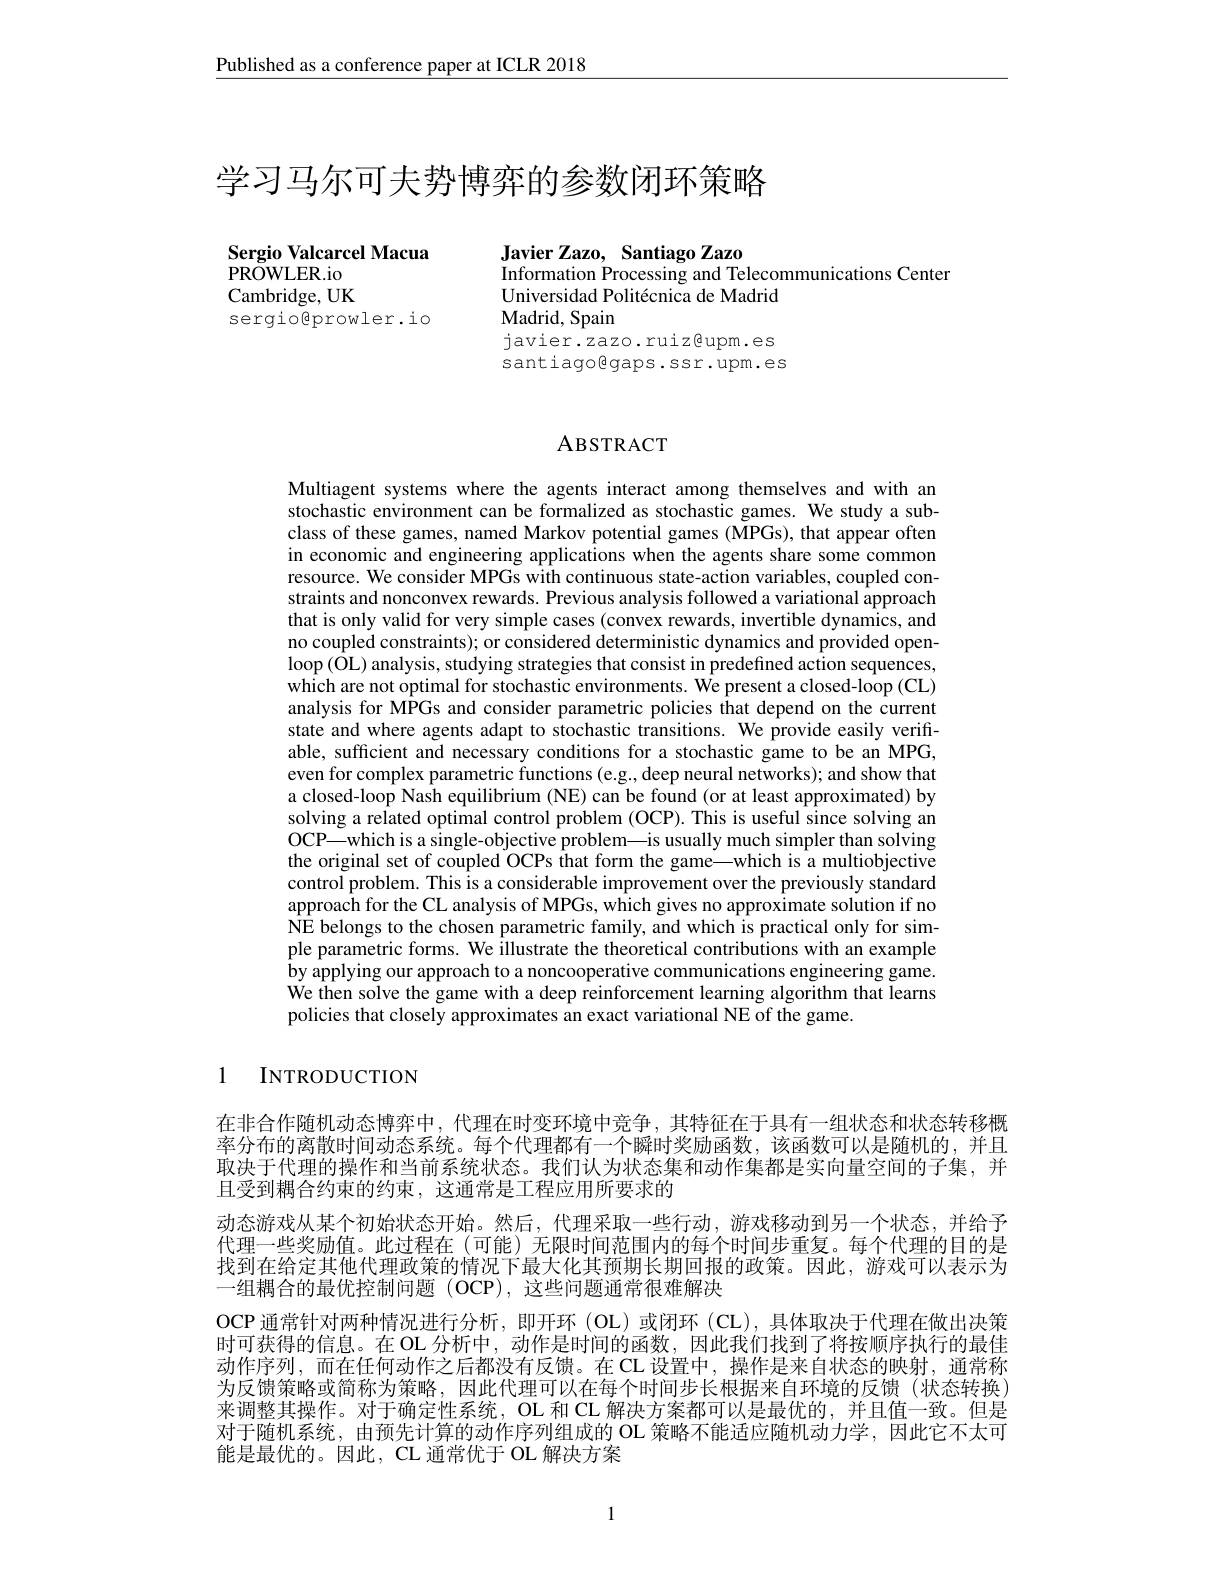
Published as a conference paper at ICLR 2018

# 学习马尔可夫势博弈的参数闭环策略

Javier Zazo, Santiago Zazo
Information Processing and Telecommunications Center
Universidad Politécnica de Madrid
Madrid, Spain

Sergio Valcarcel Macua
${\mathrm{PROWLER.io}}$ Cambridge, UK sergiogprowler.io

javier.zazo.ruiz@upm.es santiagolgaps.ssr.upm.es

## ABSTRACT

Multiagent systems where the agents interact among themselves and with an stochastic environment can be formalized as stochastic games. We study a subclass of these games, named Markov potential games (MPGs), that appear often in economic and engineering applications when the agents share some common resource. We consider MPGs with continuous state-action variables, coupled constraints and nonconvex rewards. Previous analysis followed a variational approach that is only valid for very simple cases (convex rewards, invertible dynamics, and no coupled constraints); or considered deterministic dynamics and provided open- $\log(\bar{\mathrm{OL}})$ analysis, studying strategies that consist in predefined action sequences, which are not optimal for stochastic environments. We present a closed-loop (CL) analysis for MPGs and consider parametric policies that depend on the current state and where agents adapt to stochastic transitions. We provide easily verifiable, sufficient and necessary conditions for a stochastic game to be an MPG, even for complex parametric functions (e.g., deep neural networks); and show that a closed-loop Nash equilibrium (NE) can be found (or at least approximated) by solving a related optimal control problem (OCP). This is useful since solving an OCP—which is a single-objective problem—is usually much simpler than solving the original set of coupled OCPs that form the game—which is a multiobjective control problem. This is a considerable improvement over the previously standard approach for the CL analysis of MPGs, which gives no approximate solution if no $\hat{\text{NE belongs to the chosen parametric family, and which is practical only for sim-}}$ ple parametric forms. We illustrate the theoretical contributions with an example by applying our approach to a noncooperative communications engineering game. We then solve the game with a deep reinforcement learning algorithm that learns policies that closely approximates an exact variational NE of the game.

1 INTRODUCTION

在非合作随机动态博弈中，代理在时变环境中竞争，其特征在于具有一组状态和状态转移概率分布的离散时间动态系统。每个代理都有一个瞬时奖励函数，该函数可以是随机的，并且. 取决于代理的操作和当前系统状态。我们认为状态集和动作集都是实向量空间的子集，并且受到耦合约束的约束，这通常是工程应用所要求的
动态游戏从某个初始状态开始。然后，代理采取一些行动，游戏移动到另一个状态，并给予代理一些奖励值。此过程在(可能)无限时间范围内的每个时间步重复。每个代理的目的是找到在给定其他代理政策的情况下最大化其预期长期回报的政策。因此，游戏可以表示为一组耦合的最优控制问题(OCP),这些问题通常很难解决
OCP 通常针对两种情况进行分析，即开环 (OL)或闭环 (CL),具体取决于代理在做出决策时可获得的信息。在 OL 分析中，动作是时间的函数，因此我们找到了将按顺序执行的最佳动作序列，而在任何动作之后都没有反馈。在 CL 设置中，操作是来自状态的映射，通常称为反馈策略或简称为策略，因此代理可以在每个时间步长根据来自环境的反馈(状态转换) 来调整其操作。对于确定性系统，OL 和 CL 解决方案都可以是最优的，并且值一致。但是对于随机系统，由预先计算的动作序列组成的 OL 策略不能适应随机动力学，因此它不太可能是最优的。因此，CL 通常优于 OL 解决方案

1